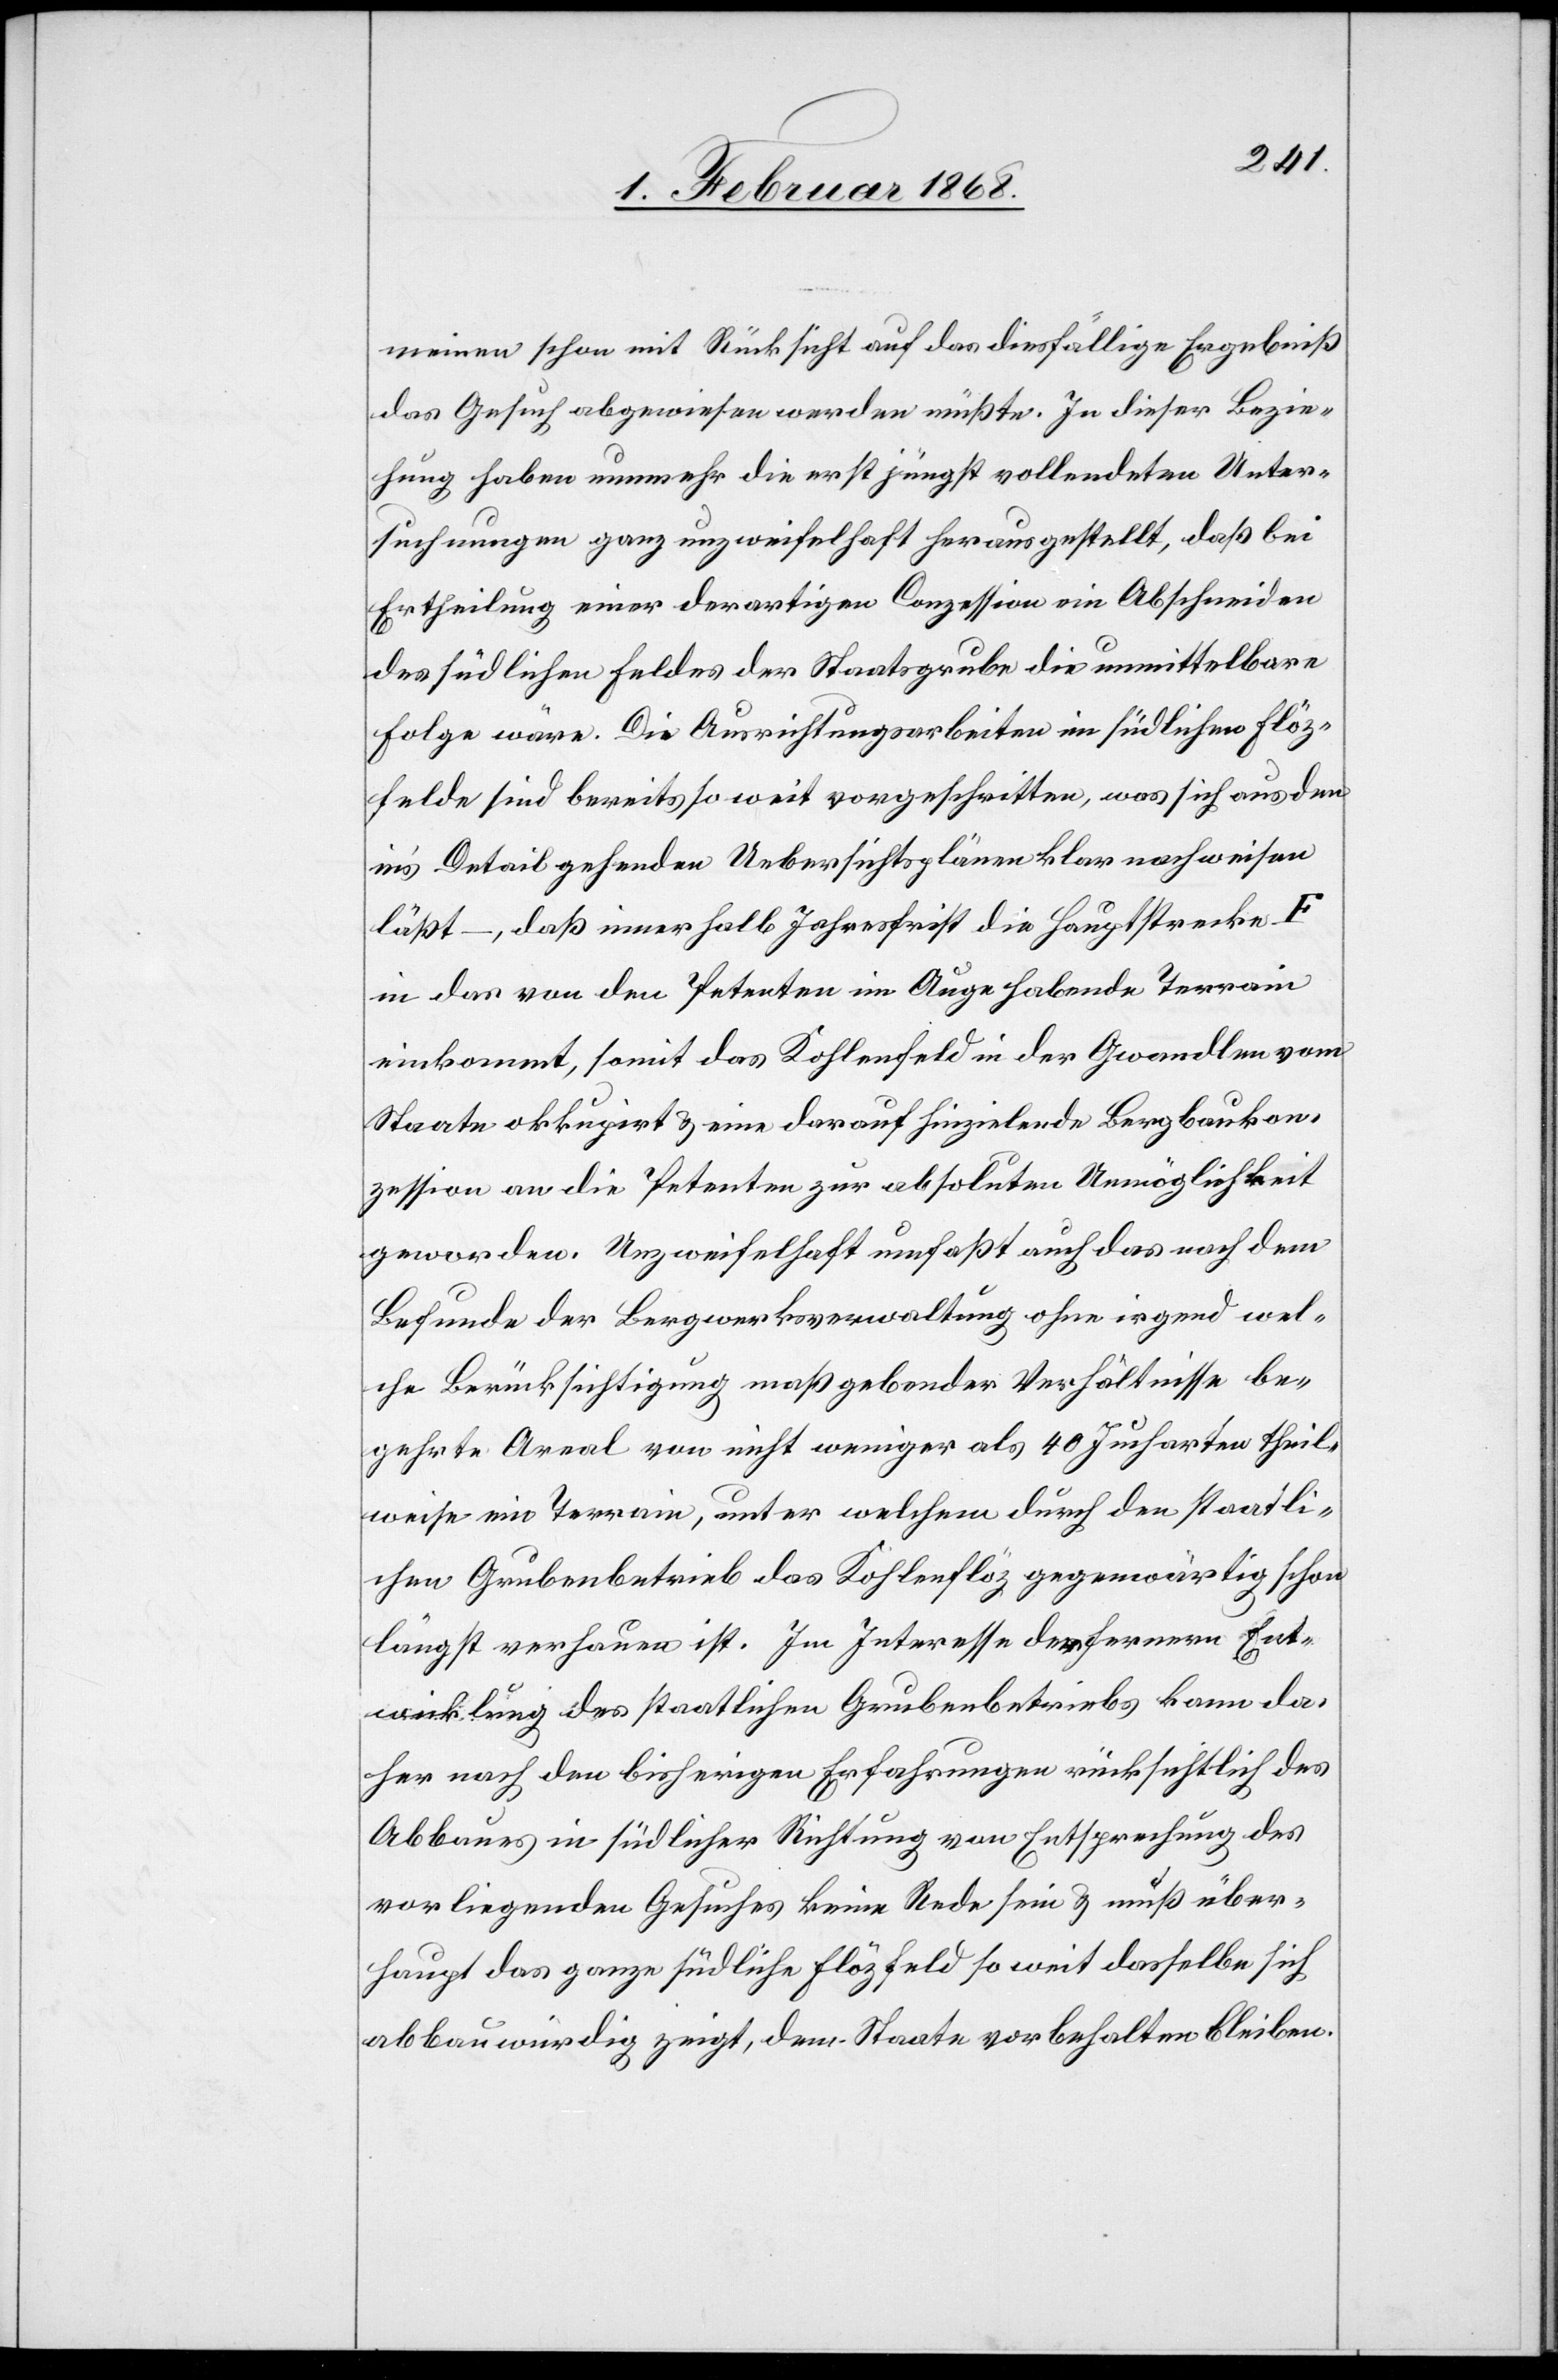
meinen schon mit Rücksicht auf das diesfällige Ergebniß
das Gesuch abgewiesen werden müßte. In dieser Bezie¬
hung haben nunmehr die erst jüngst vollendeten Unter¬
suchungen ganz unzweifelhaft herausgestellt, daß bei
Ertheilung einer derartigen Conzession ein Abschneiden
des südlichen Feldes der Staatsgrube die unmittelbare
Folge wäre. Die Ausrichtungsarbeiten im südlichen Flöz¬
felde sind bereits so weit vorgeschritten, was sich aus den
in’s Detail gehenden Uebersichtsplänen klar nachweisen
läßt –, daß innerhalb Jahresfrist die Hauptstrecke F
in das von den Petenten im Auge habende Terrain
einkommt, somit das Kohlenfeld in der Gwandlen vom
Staate okkupirt & eine darauf hinzielende Bergbaukon¬
zession an die Petenten zur absoluten Unmöglichkeit
geworden. Unzweifelhaft umfaßt auch das nach dem
Befunde der Bergwerksverwaltung ohne irgend wel¬
che Berücksichtigung maßgebender Verhältnisse be¬
gehrte Areal von nicht weniger als 40 Jucharten theil¬
weise ein Terrain, unter welchem durch den staatli¬
chen Grubenbetrieb das Kohlenflöz gegenwärtig schon
längst verhauen ist. Im Interesse der fernern Ent¬
wicklung des staatlichen Grubenbetriebs kann da¬
her nach den bisherigen Erfahrungen rücksichtlich des
Abbaues in südlicher Richtung von Entsprechung des
vorliegenden Gesuches keine Rede sein & muß über¬
haupt das ganze südliche Flözfeld so weit dasselbe sich
abbauwürdig zeigt, dem Staate vorbehalten bleiben.